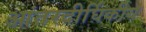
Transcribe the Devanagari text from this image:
आंतरदीर्घिकीय